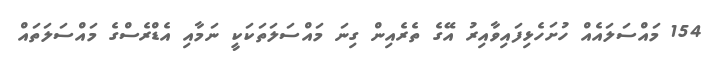
154 މައްސަލައެއް ހުށަހެޅިފައިވާއިރު އޭގެ ތެރެއިން ގިނަ މައްސަލަތަކަކީ ނަމާއި އެޑްރެސްގެ މައްސަލަތައް